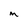
Character: M